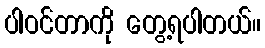
ပါဝင်တာကို တွေ့ရပါတယ်။